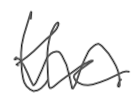
Text: the
Cross-out: wave
Writing tool: digital_gray